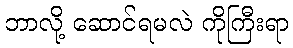
ဘာလို့ ဆောင်ရမလဲ ကိုကြီးရာ